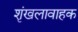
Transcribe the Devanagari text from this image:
शृंखलावाहक